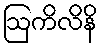
ဩကိလိနိ